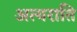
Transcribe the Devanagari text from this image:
अत्यराति